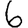
Digit: 6